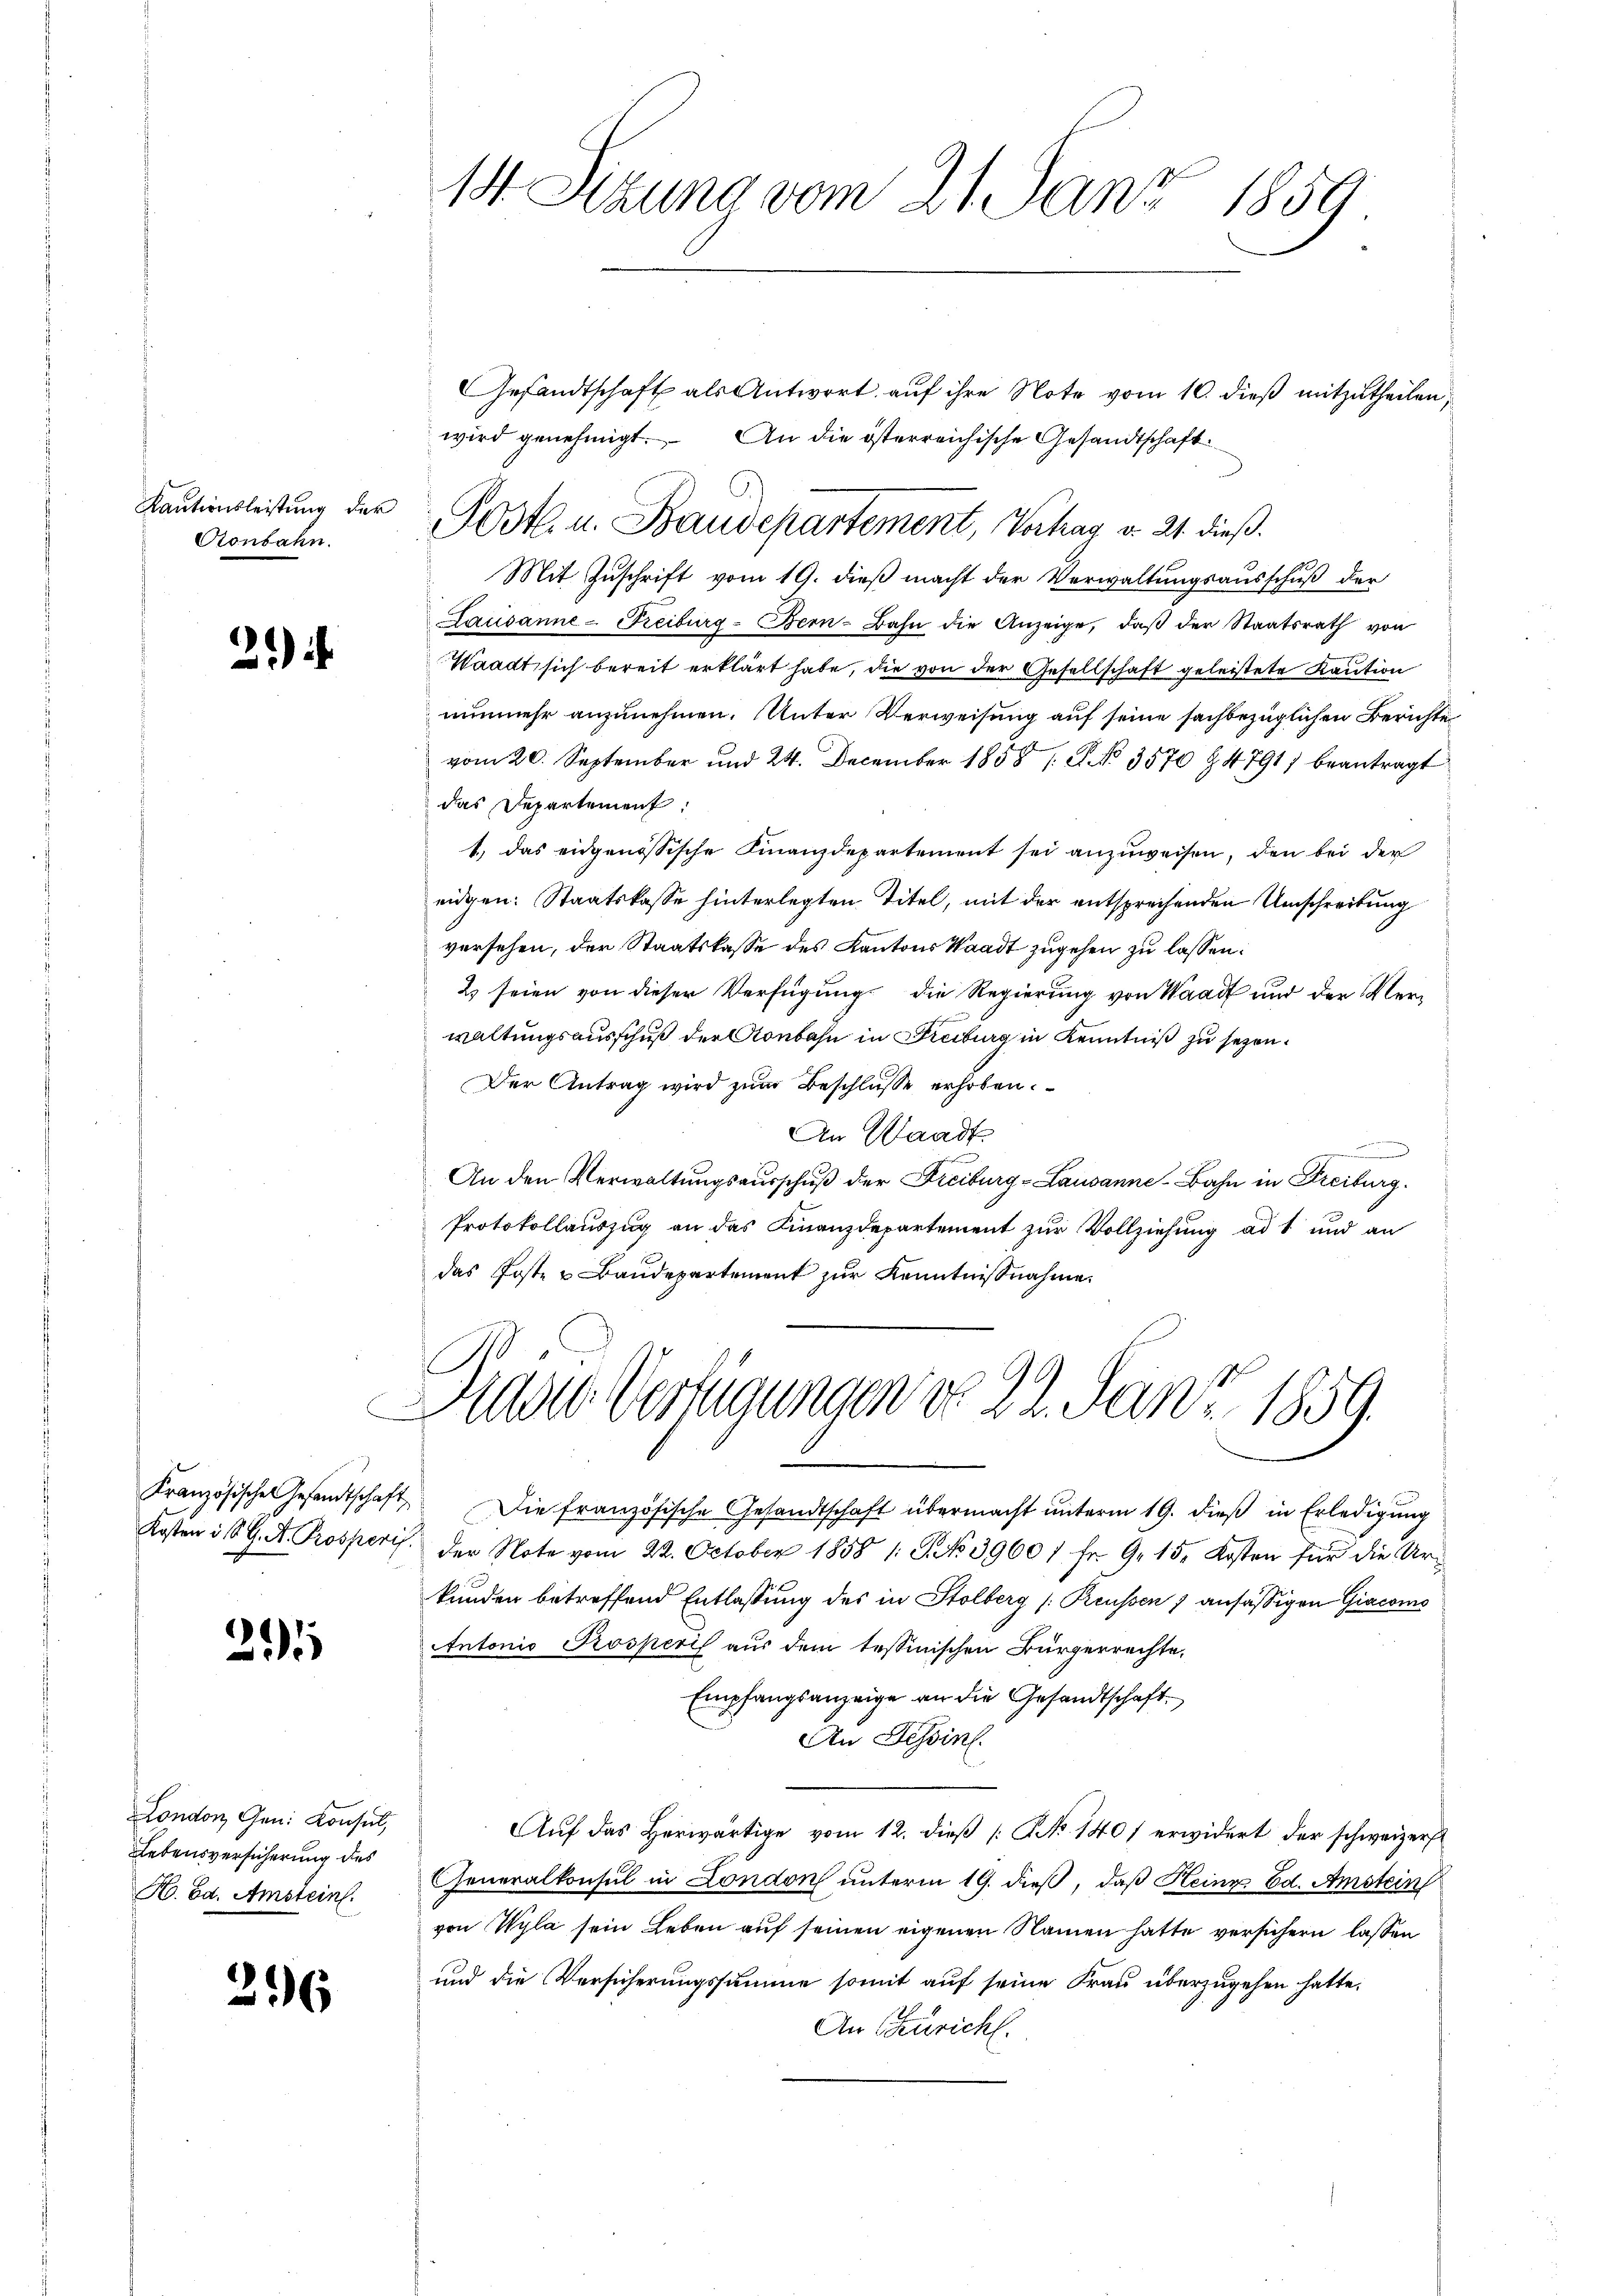
Kautionsleistung der
Aonbahn.

2)

205

London Gen. Konsul,
Lebensversicherung des
H. Ed. Amstein.

296

14. Sitzung vom 21. Janz 1859.

Gesandtschaft als Antwort auf ihre Note vom 10. dieß mitzutheilen,
wird genehmigt. An die österreichische Gesandtschaft
Mit Zuschrift vom 19. dieß macht der Verwaltungsausschuß der
Lausanne-Freiburg-Bern-Bahn die Anzeige, daß der Staatsrath von
Waadt sich bereit erklärt habe, die von der Gesellschaft geleistete Kaution
nunmehr anzunehmen. Unter Verweisung auf seine sachbezüglichen Berichte
vom 20. September und 24. December 1858 s. S. NNo. 3570 § 4791) beantragt
das Departement:
1.) das eidgenössische Finanzdepartement sei anzuweisen, den bei der
eidgen: Staatskasse hinterlegten Titel, mit der entsprechenden Umschreibung
vorsehen, der Staatskasse des Kantons Waadt zugehen zu lassen:
2 seien von dieser Verfügung die Regierung von Waadt und der Verwaltungsausschuß der Aonbahn in Freiburg in Kenntniß zu sezen.
Der Antrag wird zum Beschlüsse erhoben.
An Waadt
e
.
An den Verwaltungsausschuß der Freiburg-Lausanne-Bahn in Freiburg.
Protokollauszug an das Finanzdepartement zur Vollziehung ad 1 und an
das Poste u Baŭdepartement zŭr Kenntnisnahme
Das Verfügungen do 22. Janz. 1859
Französische Gesandtschaft die französische Gesandtschaft übermacht ŭnterm 19. dieβ in Erledigung
Kosten ist G. A. Prosperis der Note vom 22. October 1858 1: No 39601 fr. 9. 15. Kosten für die Urkunden betreffend Entlassung des in Stolberg (Reussen 7 ansässigen Giacoms
Antonio Prosperis aus dem tessinischen Bürgerrechte,
Empfangsanzeige an die Gesandtschaft
An Tessin.
Aŭf das herwärtige vom 12. dieβ |: NNo. 1401 erwidert der schweizerst
Generalkonsul in London unterm 19. dieß, daß Heinz Ed. Amstein
von Wyla sein Leben auf seinen eigenen Namen hatte versichern lassen
und die Versicherungssumme somit auf seine Frau überzugehen hatte.
An Züricht.

Postl. u. Baudepartement, Vortrag v. 21. dieß.